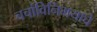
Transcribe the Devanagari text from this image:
चर्चाविनिमयाचे